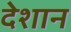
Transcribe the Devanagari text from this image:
देशान